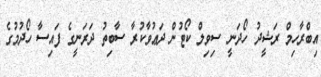
އިބްރާހިމް ރަޝީދު ހޯދަނީ ސިވިލް ކޯޓުން ދަޢުވާކުރާ ސާބިތު ދަރަނީގެ ފައިސާ ހޯދުމުގެ